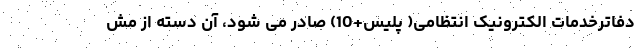
دفاترخدمات الکترونیک انتظامی( پلیس+10) صادر می شود، آن دسته از مش